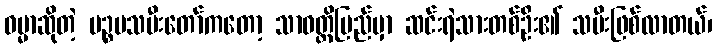
ဓမ္မာဆိုတဲ့ ပဉ္စမသမီးတော်ကတော့ သာဝတ္ထိပြည်မှာ ဆင်းရဲသားတစ်ဦး၏ သမီးဖြစ်လာတယ်၊